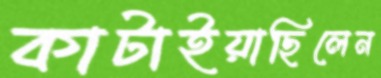
কাটাইয়াছিলেন